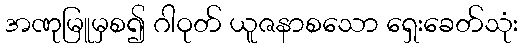
အဏုမြူမှစ၍ ဂါဝုတ် ယူဇနာစသော ရှေးခေတ်သုံး